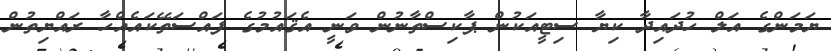
ޔަމަންގެ އަލް ހުދައިދާ ކިޔާ ސިޓީއަކުން ޕާކިސްތާނުން ވަނީ އެޤައުމުގެ ފައްސަތޭކައެއްހާ ރައްޔިތުން